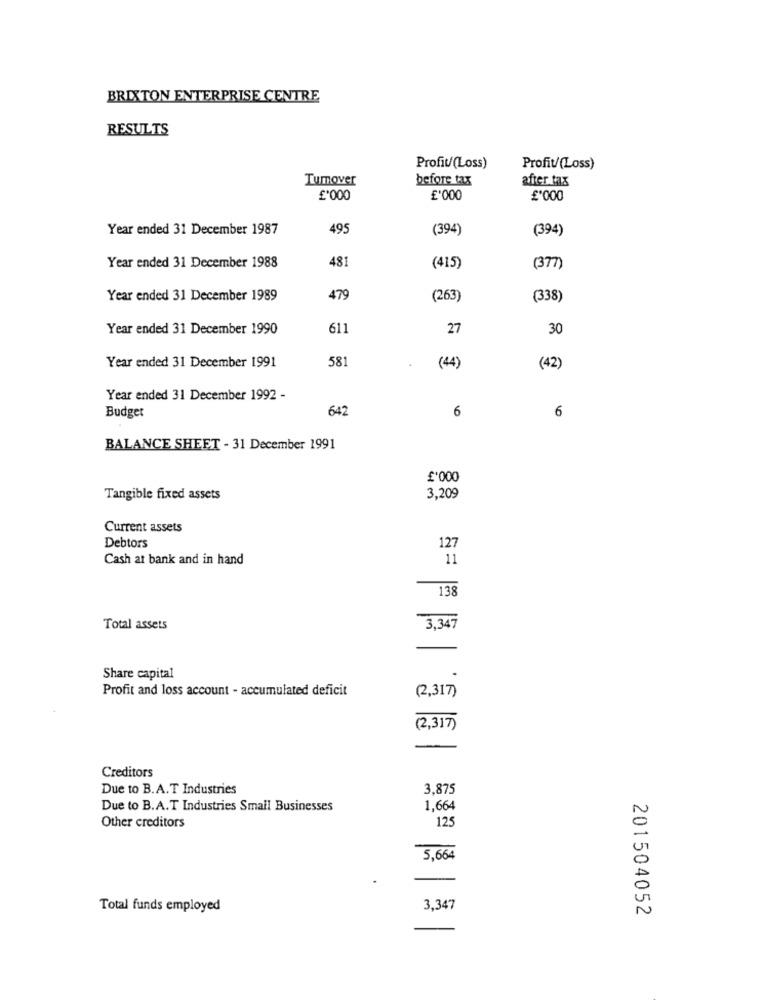
BRIXTON ENTERPRISE CENTRE
RESULTS
Profit/(Loss)
Profit/(Loss)
Tumover
before tax
after tax
£'000
£'000
£'000
Year ended 31 December 1987
495
(394)
(394)
Year ended 31 December 1988
481
(415)
(377)
Year ended 31 December 1989
479
(263
(338)
Year ended 31 December 1990
611
27
30
581
Year ended 31 December 1991
(44)
(42)
Year ended 31 December 1992 -
642
6
6
Budget
BALANCE SHEET - 31 December 1991
£'000
Tangible fixed assets
3,209
Current assets
Debtors
127
Cash at bank and in hand
11
138
Total assets
3,347
Share capital
Profit and loss account - accumulated deficit
(2,317)
(2,317)
Creditors
Due to B.A.T Industries
3,875
Due to B.A.T Industries Small Businesses
1,664
125
Other creditors
5,664
Total funds employed
3,347
201504052